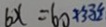
b x = b o